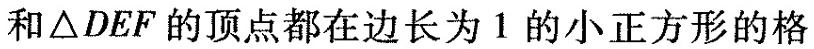
和△ DEF 的顶点都在边长为1 的小正方形格